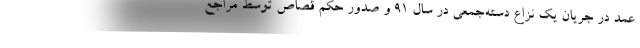
عمد در جریان یک نزاع دسته‌جمعی در سال ۹۱ و صدور حکم قصاص توسط مراجع